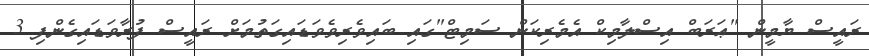
ރައީސް ޔާމީން "ޢަރަބް އިސްލާމިކް އެމެރިކަން ސަމިޓް"ގައި ބައިވެރިވެވަޑައިގަތުމަށް ރައީސް ފުރާވަޑައިގެންފި 3